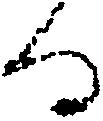
る